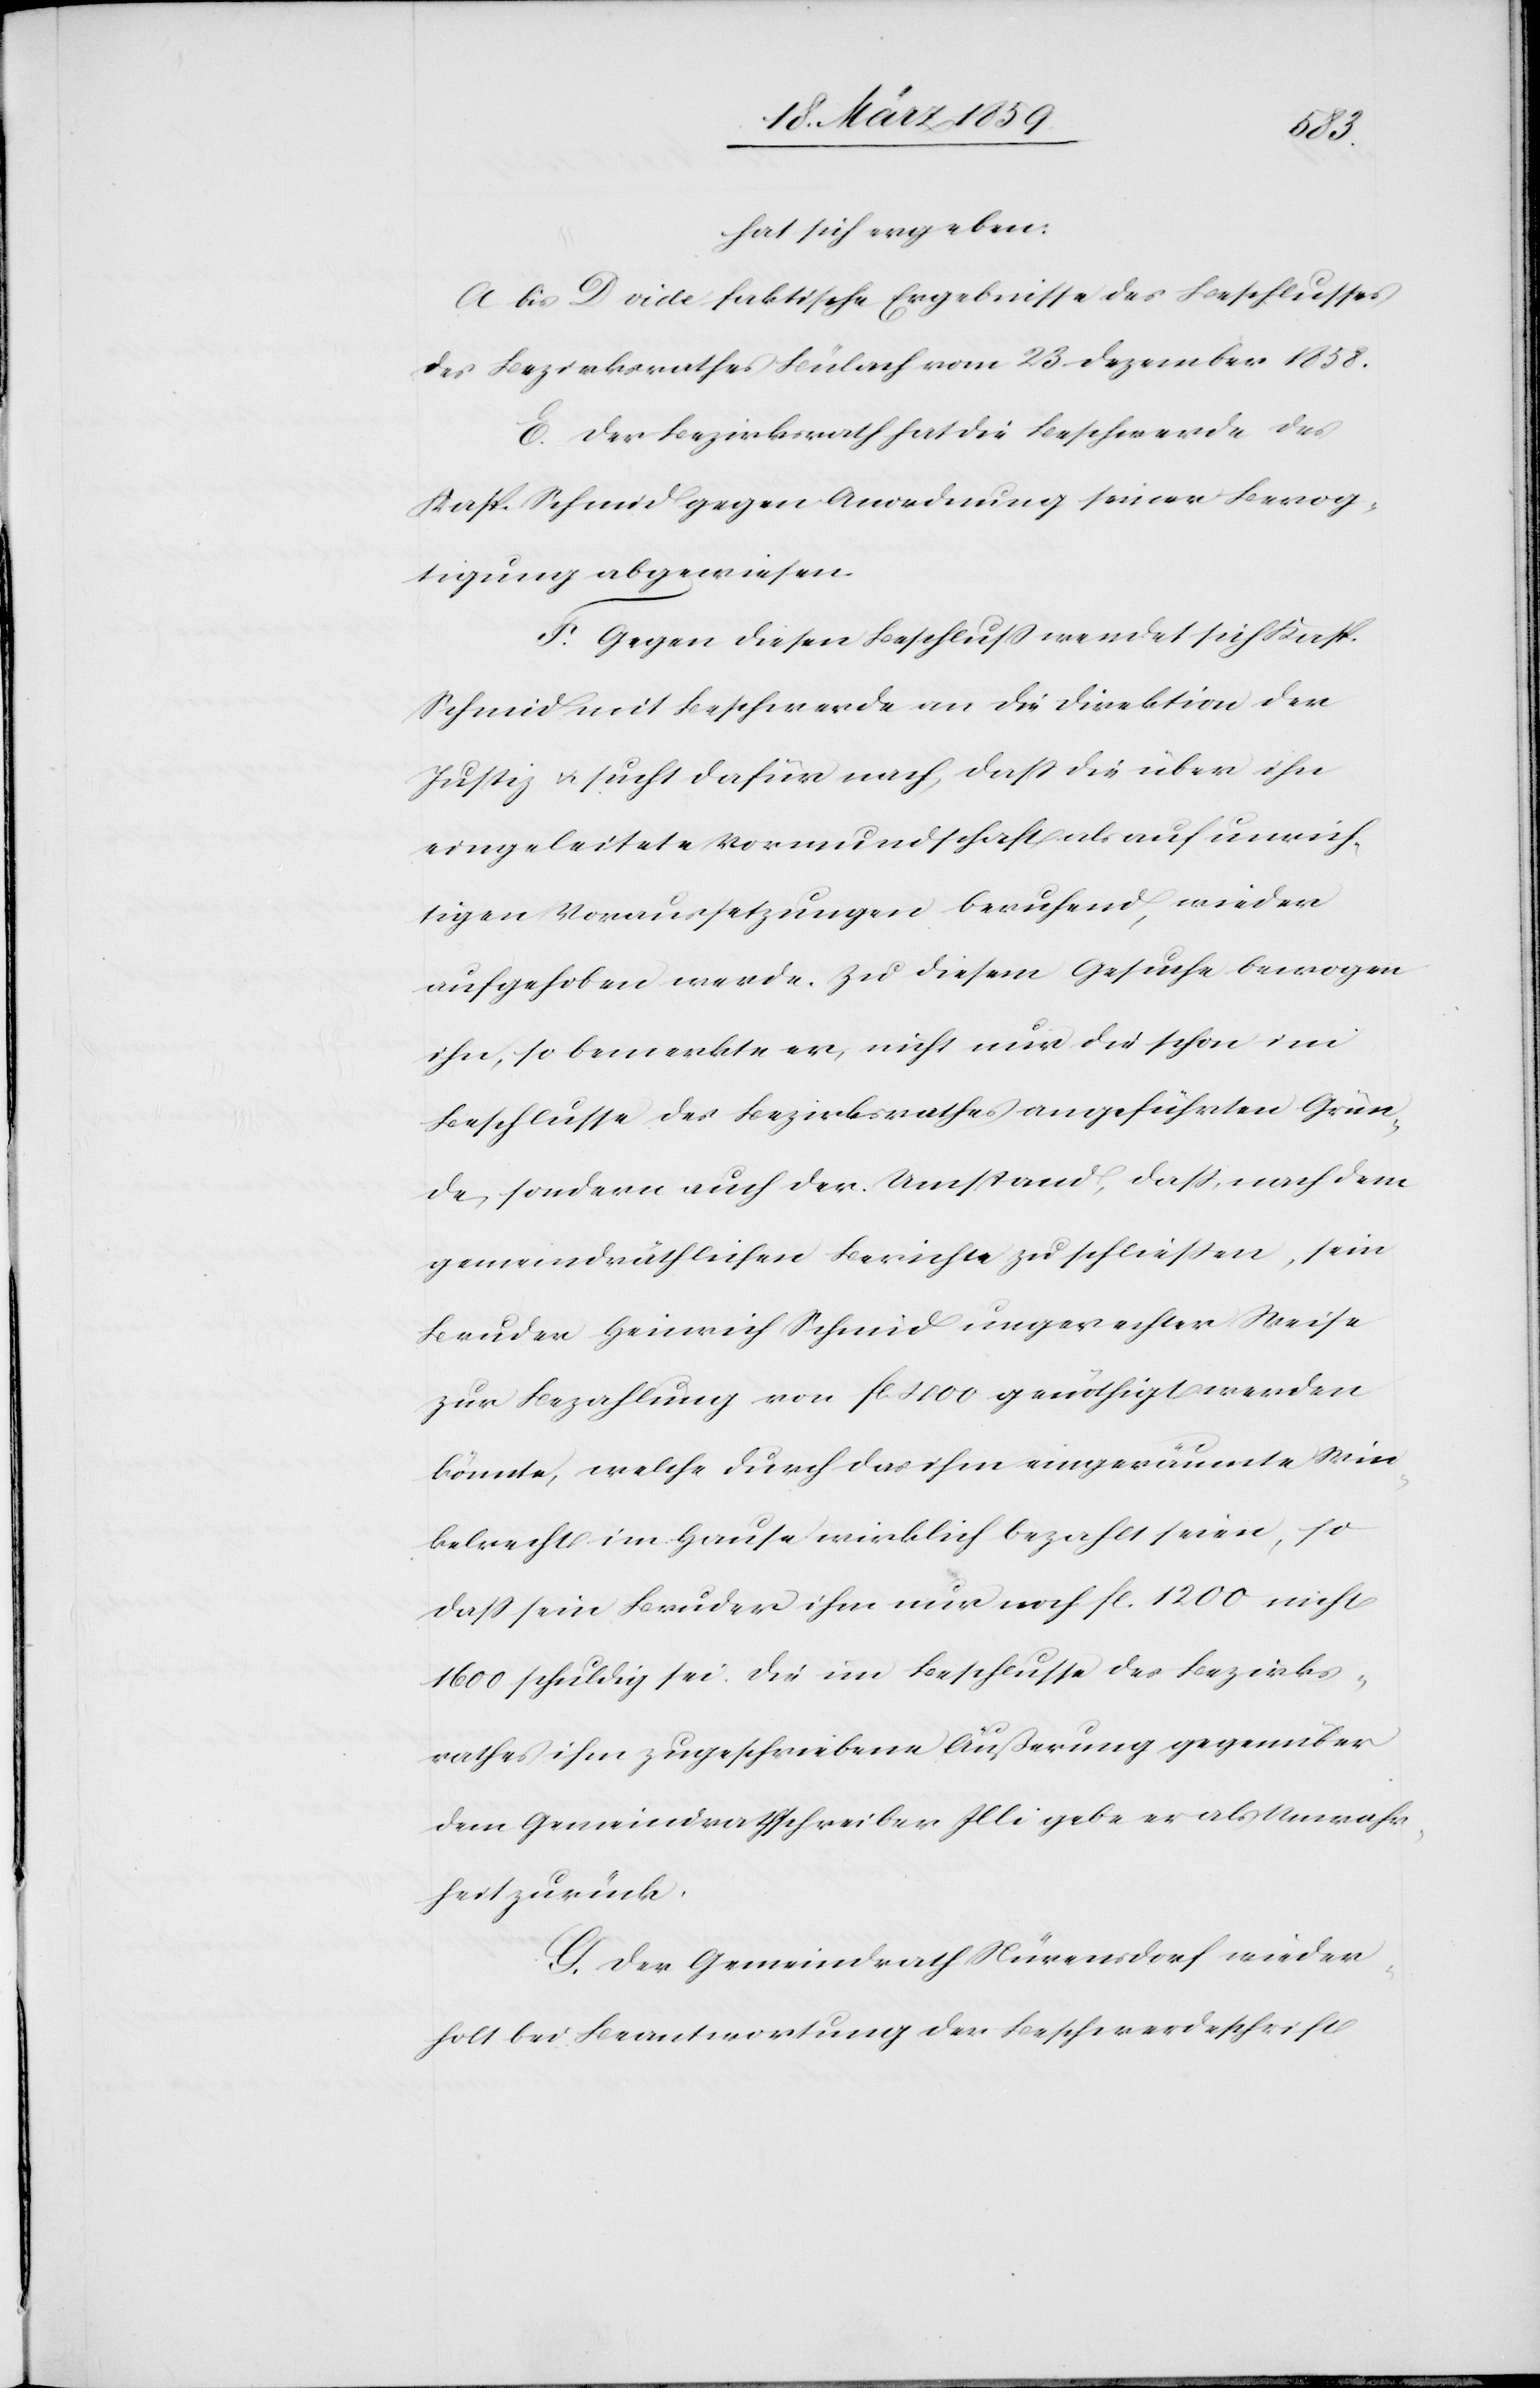
hat sich ergeben:
A bis D vide faktische Ergebnisse des Beschlusses
des Bezirksrathes Bülach vom 23 Dezember 1858.
E. Der Bezirksrath hat die Beschwerde des
Kasp. Schmid gegen Anordnung seiner Bevog¬
tigung abgewiesen.
F. Gegen diesen Beschluß wendet sich Kasp.
Schmid mit Beschwerde an die Direktion der
Justiz u. sucht dafür nach, daß die über ihn
eingeleitete Vormundschaft als auf unrich¬
tigen Voraussetzungen berufend, wieder
aufgehoben werde. Zu diesem Gesuche bewogen
ihn, so bemerkte er, nicht nur die schon im
Beschlusse des Bezirksrathes angeführten Grün¬
de, sondern auch der Umstand, daß, nach dem
gemeindräthlichen Berichte zu schließen, sein
Bruder Heinrich Schmid ungerechter Weise
zur Bezahlung von fl. 1000 genöthigt werden
könnte, welche durch das ihm eingeräumte Win¬
kelrecht im Hause wirklich bezahlt seien, so
daß sein Bruder ihm nur noch fl. 1200 nicht
1600 schuldig sei. Die im Beschlusse des Bezirks¬
rathes ihm zugeschriebene Äußerung gegenüber
dem Gemeindrathschreiber Illi gebe er als Unwahr¬
heit zurück.
G. der Gemeindrath Nürensdorf wieder¬
holt bei Beantwortung der Beschwerdeschrift